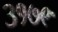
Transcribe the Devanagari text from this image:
३१७९